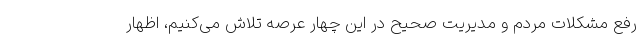
رفع مشکلات مردم و مدیریت صحیح در این چهار عرصه تلاش می‌کنیم، اظهار